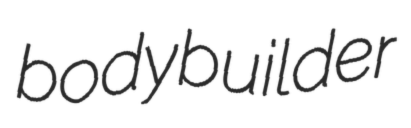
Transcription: bodybuilder